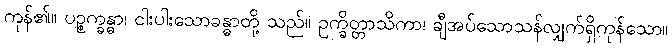
ကုန်၏။ ပဉ္စက္ခန္ဓာ၊ ငါးပါးသောခန္ဓာတို့ သည်။ ဥက္ခိတ္တာသိကာ၊ ချီအပ်သောသန်လျှက်ရှိကုန်သော။